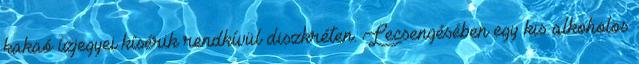
kakaó ízjegyei kísérik rendkívül diszkréten. Lecsengésében egy kis alkoholos